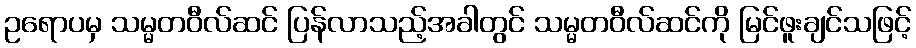
ဥရောပမှ သမ္မတဝီလ်ဆင် ပြန်လာသည့်အခါတွင် သမ္မတဝီလ်ဆင်ကို မြင်ဖူးချင်သဖြင့်